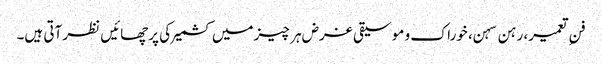
فنِ تعمیر، رہن سہن، خوراک و موسیقی غرض ہر چیز میں کشمیر کی پرچھائیں نظر آتی ہیں۔